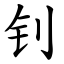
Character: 钊